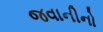
જવાનીનો